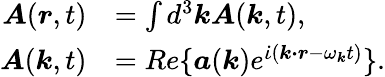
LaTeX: \begin{array}{rl}{\boldsymbol{A}(\boldsymbol{r},t)}&{=\int d^{3}\boldsymbol{k}\boldsymbol{A}(\boldsymbol{k},t),}\\ {\boldsymbol{A}(\boldsymbol{k},t)}&{=Re\{ \boldsymbol{a}(\boldsymbol{k})e^{\dot{\iota}(\boldsymbol{k\cdot r}-\omega_{\boldsymbol{k}}t)}\} .}\end{array}